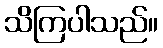
သိကြပါသည်။